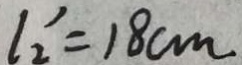
l _ { 2 } ^ { \prime } = 1 8 c m